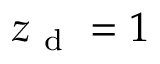
z _ { \mathrm { ~ d ~ } } = 1